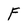
Character: F